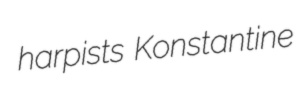
harpists Konstantine